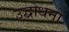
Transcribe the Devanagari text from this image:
उद्बोधनों